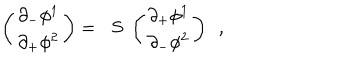
LaTeX: \left( \begin{array} { l } { { \partial _ { - } \phi ^ { 1 } } } \\ { { \partial _ { + } \phi ^ { 2 } } } \\ \end{array} \right) = \; \; S \; \left( \begin{array} { l } { { \partial _ { + } \phi ^ { 1 } } } \\ { { \partial _ { - } \phi ^ { 2 } } } \\ \end{array} \right) \ \ ,